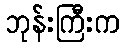
ဘုန်းကြီးက